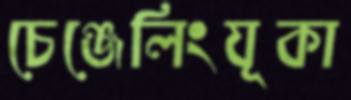
চেঞ্জেলিংযূকা